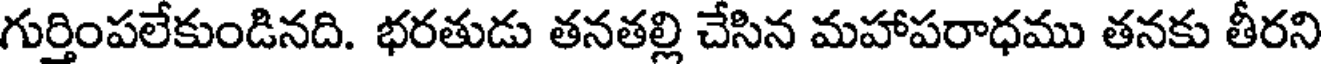
గుర్తింపలేకుండినది. భరతుడు తనతల్లి చేసిన మహాపరాధము తనకు తీరని